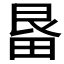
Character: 𭻓